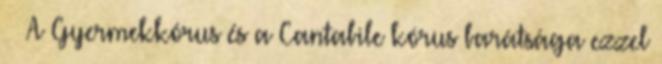
·· A Gyermekkórus és a Cantabile kórus barátsága ezzel